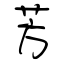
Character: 芳